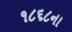
૧૮૬૮ના